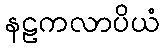
နဠကလာပိယံ